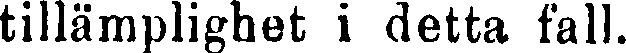
tillämplighet i detta fall.